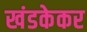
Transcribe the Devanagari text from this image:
खंडकेकर